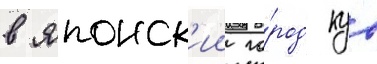
в японск'ии го́род куо